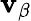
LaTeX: \mathbf{v}_{\beta}